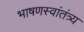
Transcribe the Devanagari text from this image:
भाषणस्वांतंत्र्य